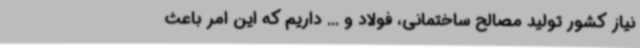
نیاز کشور تولید مصالح ساختمانی، فولاد و ... داریم که این امر باعث